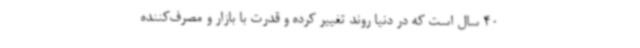
40 سال است که در دنیا روند تغییر کرده و قدرت با بازار و مصرف‌کننده